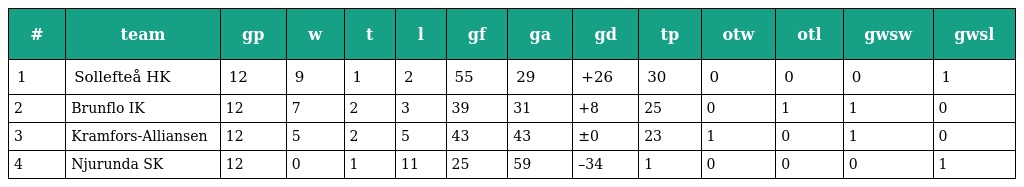
| # | team | gp | w | t | l | gf | ga | gd | tp | otw | otl | gwsw | gwsl |
 | --- | --- | --- | --- | --- | --- | --- | --- | --- | --- | --- | --- | --- | --- |
 | 1 | Sollefteå HK | 12 | 9 | 1 | 2 | 55 | 29 | +26 | 30 | 0 | 0 | 0 | 1 |
 | 2 | Brunflo IK | 12 | 7 | 2 | 3 | 39 | 31 | +8 | 25 | 0 | 1 | 1 | 0 |
 | 3 | Kramfors-Alliansen | 12 | 5 | 2 | 5 | 43 | 43 | ±0 | 23 | 1 | 0 | 1 | 0 |
 | 4 | Njurunda SK | 12 | 0 | 1 | 11 | 25 | 59 | –34 | 1 | 0 | 0 | 0 | 1 |